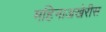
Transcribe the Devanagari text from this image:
महिनाअखेरीस